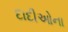
દાદીઓના